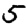
Digit: 5